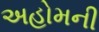
અહોમની